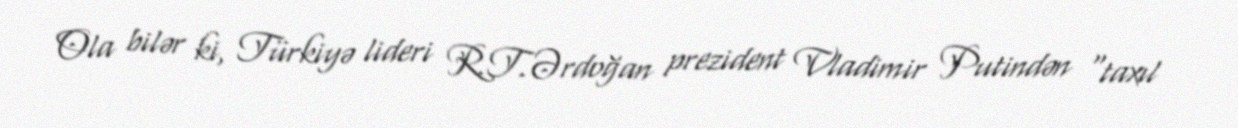
Ola bilər ki, Türkiyə lideri R.T.Ərdoğan prezident Vladimir Putindən “taxıl